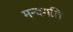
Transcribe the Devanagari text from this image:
मन्दगति